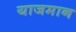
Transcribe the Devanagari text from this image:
याजमान